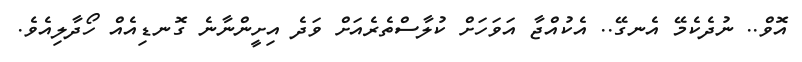
އޮވް.. ނުދެކެމޭ އެނގޭ.. އެކުއްޖާ އަވަހަށް ކުލާސްތެރެއަށް ވަދެ އިށީންނާނެ ގޮނޑިއެއް ހޯދާލިއެވެ.